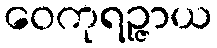
ဝေကုရဉ္ဇာယ